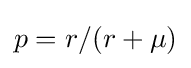
p=r/(r+\mu )